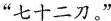
”七十二刀。”